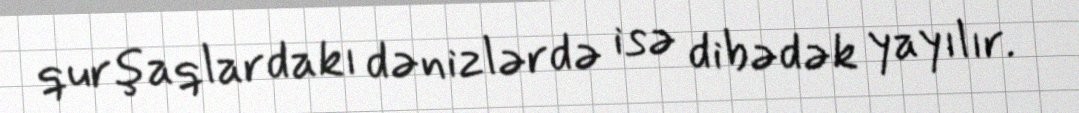
qurşaqlardakı dənizlərdə isə dibədək yayılır.